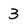
Character: 3